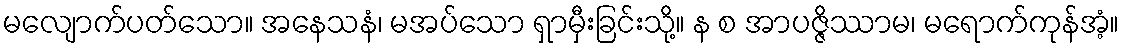
မလျောက်ပတ်သော။ အနေသနံ၊ မအပ်သော ရှာမှီးခြင်းသို့။ န စ အာပဇ္ဇိဿာမ၊ မရောက်ကုန်အံ့။